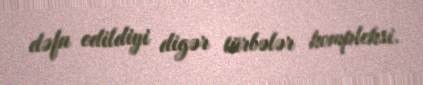
dəfn edildiyi digər türbələr kompleksi.